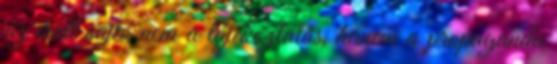
az írott sajtó nem a tájékoztatás, hanem a propaganda